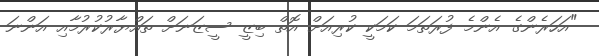
"އަހަރެންގެ އެންމެ ފުރަތަމަ ކަމަކީ ކުރިއަށް އޮތް ބިޒީ ސީޒަނަށް ތައްޔާރުކުރުމާއި އަންނަ